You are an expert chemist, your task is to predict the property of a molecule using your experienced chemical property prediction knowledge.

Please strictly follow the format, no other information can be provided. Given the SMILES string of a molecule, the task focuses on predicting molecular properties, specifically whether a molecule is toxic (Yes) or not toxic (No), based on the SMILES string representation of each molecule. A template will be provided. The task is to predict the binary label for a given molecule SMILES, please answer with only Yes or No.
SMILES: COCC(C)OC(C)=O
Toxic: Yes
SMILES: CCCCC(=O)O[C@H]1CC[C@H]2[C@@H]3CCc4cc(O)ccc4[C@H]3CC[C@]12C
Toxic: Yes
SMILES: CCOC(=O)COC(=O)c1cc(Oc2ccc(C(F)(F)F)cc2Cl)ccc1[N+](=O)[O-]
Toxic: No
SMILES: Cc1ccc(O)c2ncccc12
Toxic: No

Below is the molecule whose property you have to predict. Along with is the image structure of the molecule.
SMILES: O=C(Nc1cccc(C(F)(F)F)c1)c1cc(Br)cc(Br)c1O
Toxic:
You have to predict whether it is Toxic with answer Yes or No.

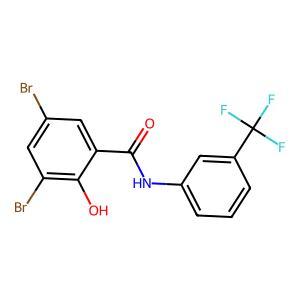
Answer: No